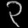
Digit: ၃